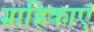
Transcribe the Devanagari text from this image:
ग्राहिकाएं